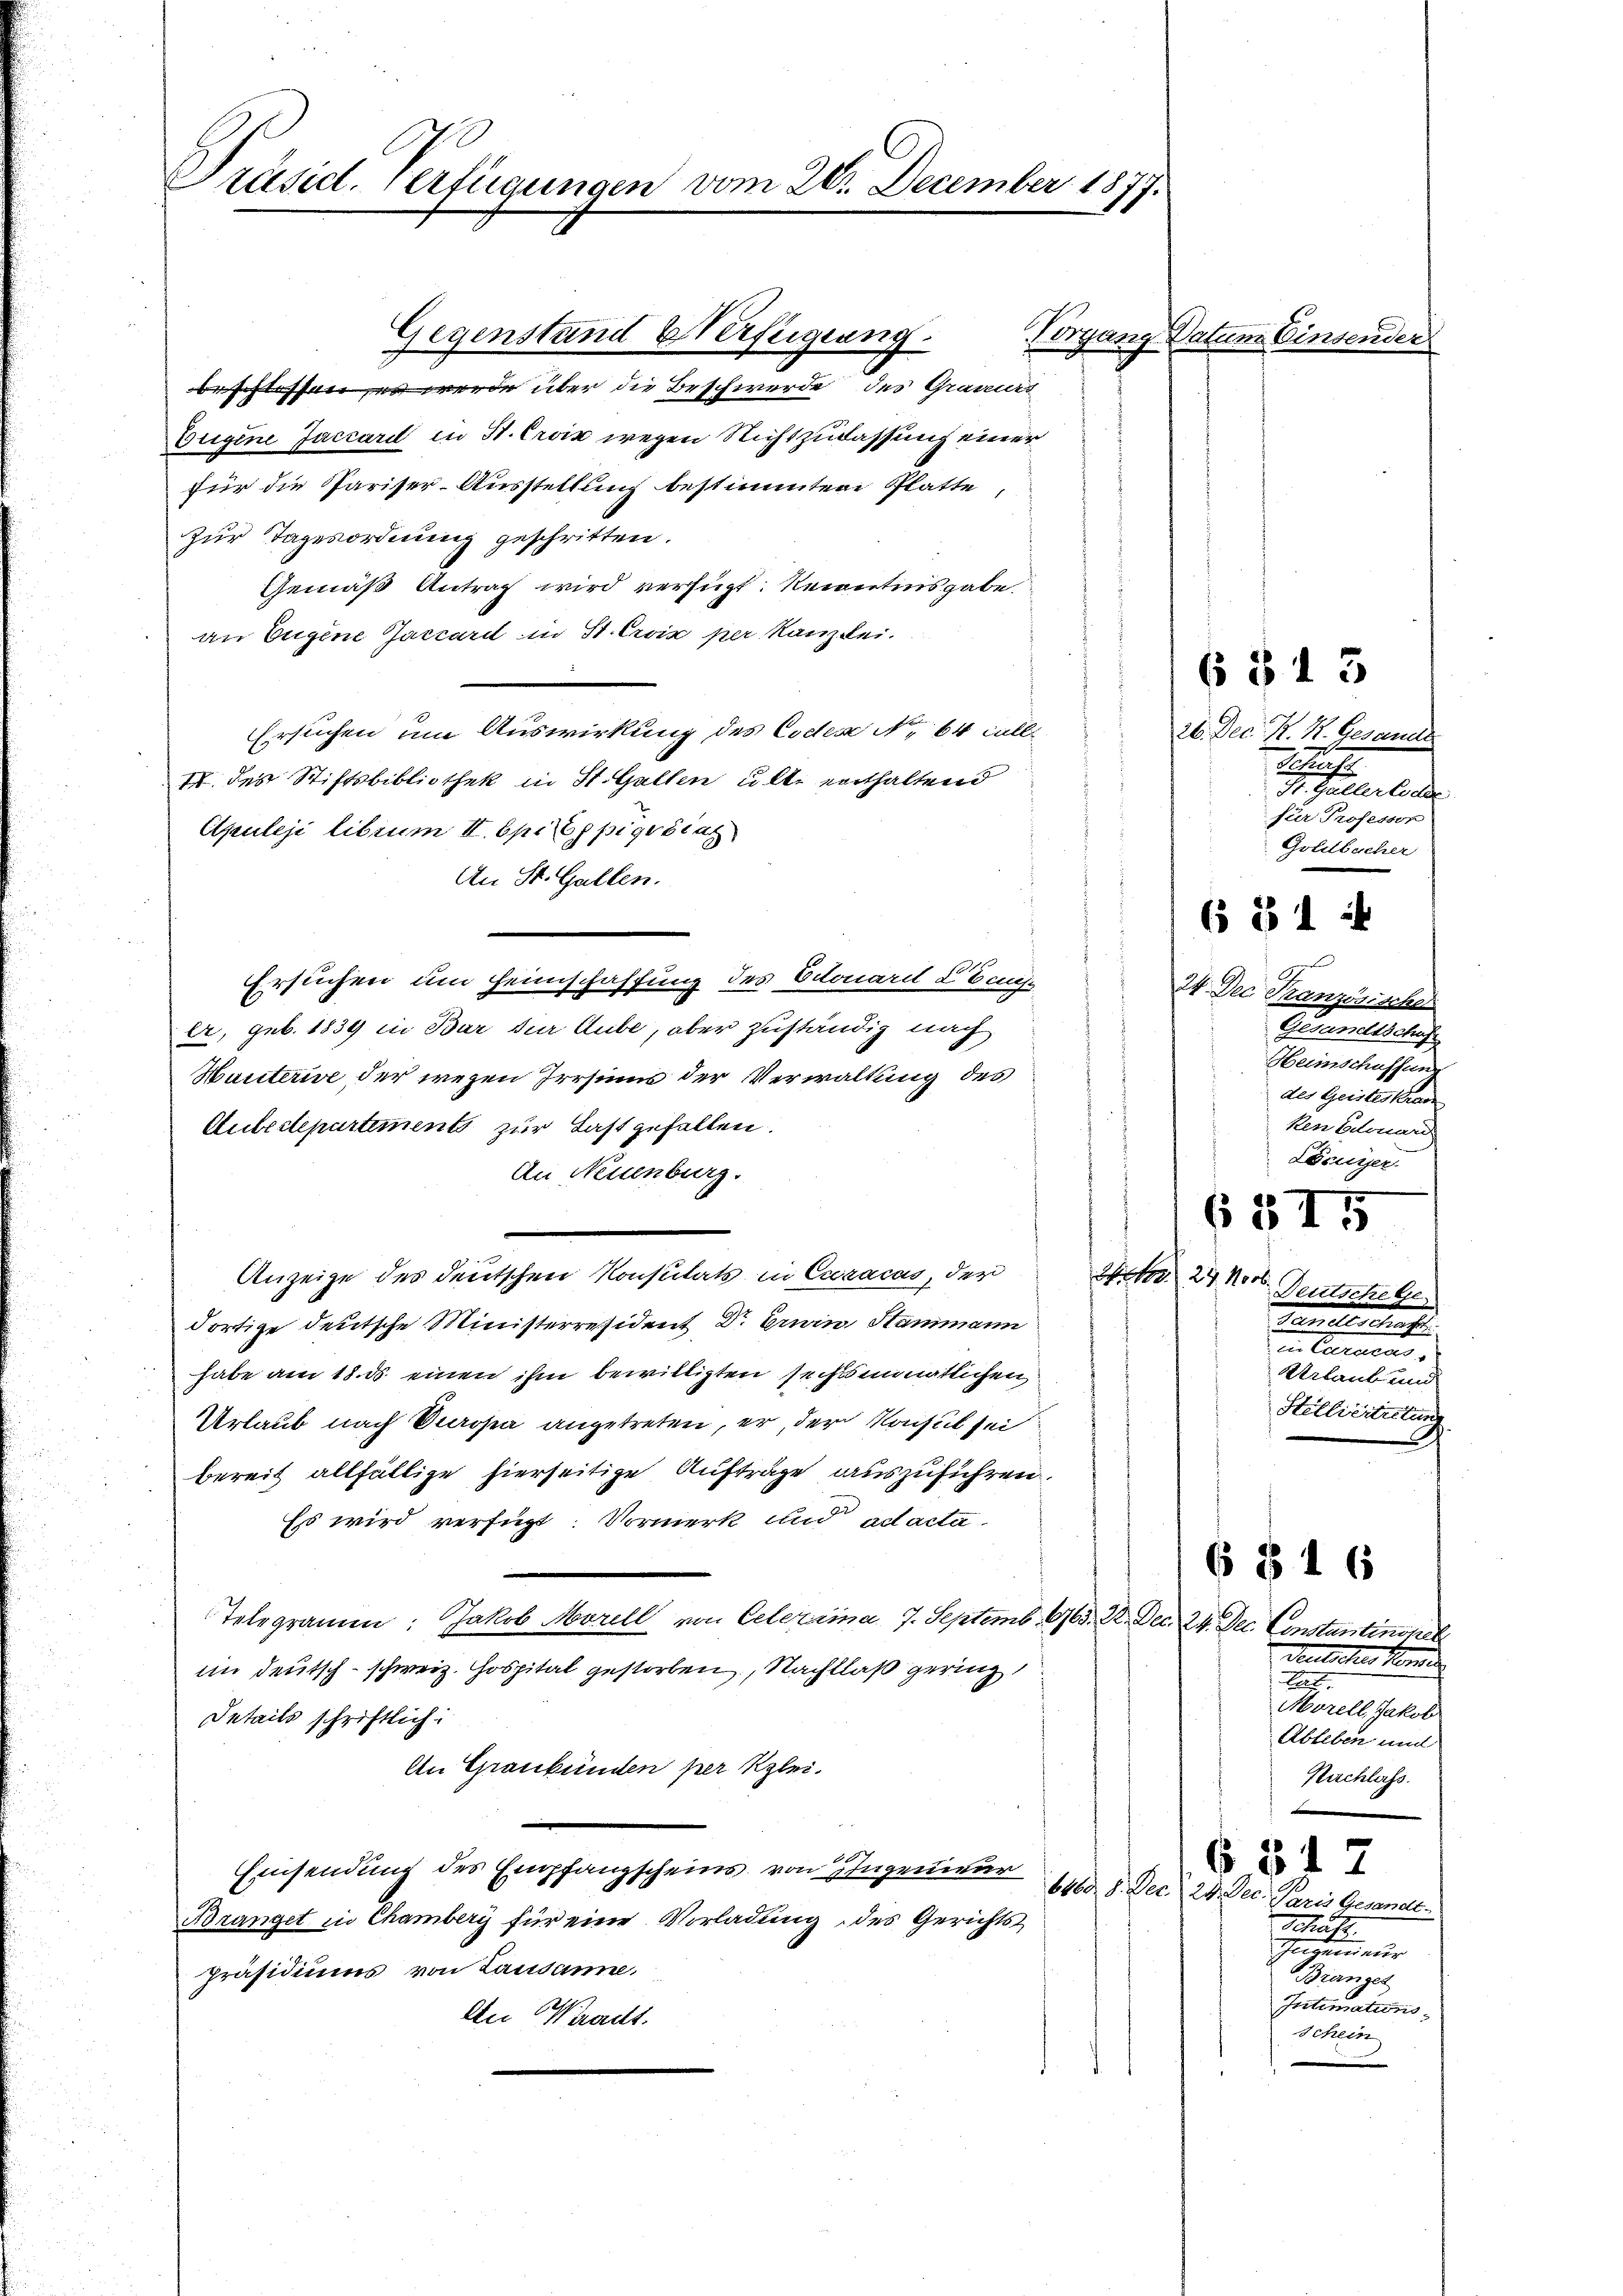
Präsid. Verfügungen vom 20. December 1877.

Vorgang.
beschlossen, es werde über die Beschwerde des Graueter
Erigine Juchard in St. Croix wegen Richtzulassung einer
für die Pariser-Ausstellung bestimmten Platte
zur Tagesordnung geschritten.
Gemäß Antrag wird verfügt: Kenntnisgabe
an Eugene Gaccard in St. Croix per Kanzlei.
Ersuchen um Auswirkung des Codex No. 64 Fall
IV. des Stiftsbibliothek in St. Gallen alte enthaltend
Apuleji librum II. Opi Eppigrérag
An St. Gallen.
Ersuchen um Heimschaffung des Octouarii Conse
er, geb. 1839 in Bar zur Aube, aber zuständig nach
Hauterise, der wegen Irrsinn der Verwaltung des
Autectepartements zur Last gefallen.
An Neuenburg.
Anzeige des deutschen Konsulats in Curacas, der
dortige deutsche Ministerresident Dr. Erwin Stammann
habe am 18. ds. einen ihm bewilligten sechsmonatlichen,
Urlaub nach Europa angetreten, er, der Konsul sei
bereit allfällige hierseitige Aufträge auszuführen.
Es wird verfügt: Vormerk und ad acta
Telegramm: Jakob Morell von Celerina 7. Septemb. 1763. 22. Dec. 24. Dec. Constantinopel
im deutsch - schweiz. Gospital gestorben, Nachlaß gering
Ietails schriftlich:
An Graubünden per Klei¬
Einsendung des Empfangscheins, von Ingenwar
6000. 8. Dec. 28. Dec.
Boranget in Chamberg für eine Vorladung des Gerichts
präsidiums von Lausanne.
An Waadt.

Gegenstand Verfügung.

26. Dec. K. H. Gesandts
Schaft
 elende
für Professor
Goldbacher

6 § 13

Datum Einsen.

.
24. Dec. Französischer
Gesandtschig.
Heimschaffung
.
des Geisteskran
ken Edouard
Löcurser

684 x

S. 29. Novb
Deutsche Ge
Tante des
in Craca
Urlaub und
Helliciteilung

(575

6 § 16

Deutscher Hander
laf.
Morell, Jakob
Ableben und
Nachlass.

6 § 17

Paris Gesandt.
Schütt
Interneur
g
Intimatums.
schein